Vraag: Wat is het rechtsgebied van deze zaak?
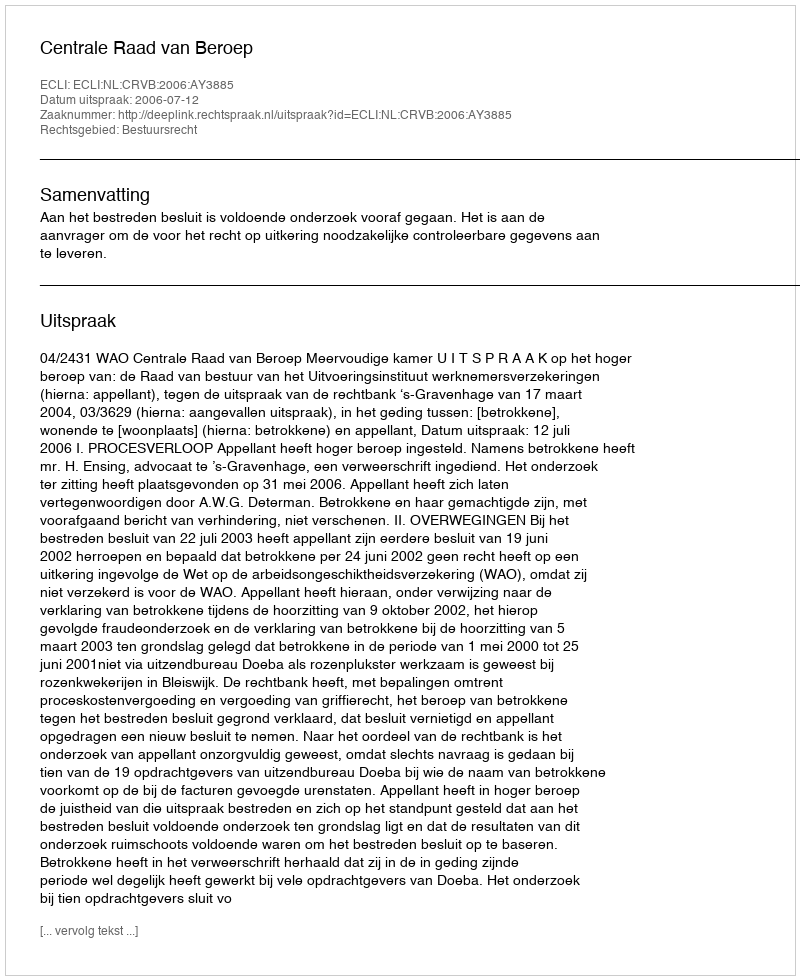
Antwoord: Bestuursrecht